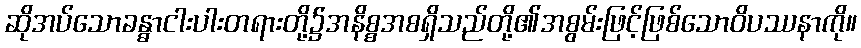
ဆိုအပ်သောခန္ဓာငါးပါးတရားတို့၌အနိစ္စအစရှိသည်တို့၏အစွမ်းဖြင့်ဖြစ်သောဝိပဿနာကို။